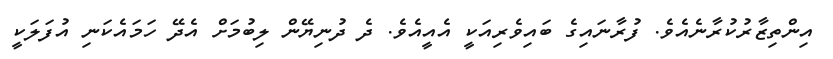
އިންތިޒާރުކުރާނެއެވެ. ފުރާނައިގެ ބައިވެރިއަކީ އެއީއެވެ. ދެ ދުނިޔޭން ލިބުމަށް އެދޭ ހަމައެކަނި އުފަލަކީ